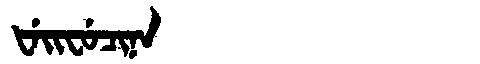
Manchu: ᡶᡝᡳᠸᡠᠴᡳᠨᠠ
Romanization: FEIFUCINA